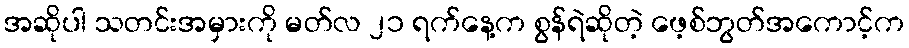
အဆိုပါ သတင်းအမှားကို မတ်လ ၂၁ ရက်နေ့က စွန်ရဲဆိုတဲ့ ဖေ့စ်ဘွတ်အကောင့်က